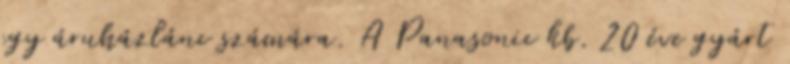
egy áruházlánc számára. A Panasonic kb. 20 éve gyárt